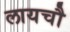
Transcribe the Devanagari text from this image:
लायचौ